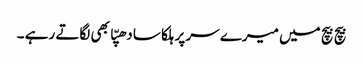
بیچ بیچ میں میرے سر پر ہلکا سا دھپّا بھی لگاتے رہے ۔